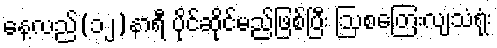
နေ့လည်(၁၂)နာရီ ပိုင်ဆိုင်မည်ဖြစ်ပြီး ဩစတြေးလျသံရုံး